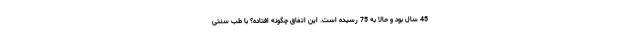
45 سال بود و حالا به 75 رسیده است. این اتفاق چگونه افتاده؟ با طب سنتی